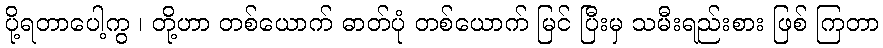
ပို့ရတာပေါ့ကွ ၊ တို့ဟာ တစ်ယောက် ဓာတ်ပုံ တစ်ယောက် မြင် ပြီးမှ သမီးရည်းစား ဖြစ် ကြတာ